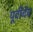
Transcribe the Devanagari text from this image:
पूर्वीचेच